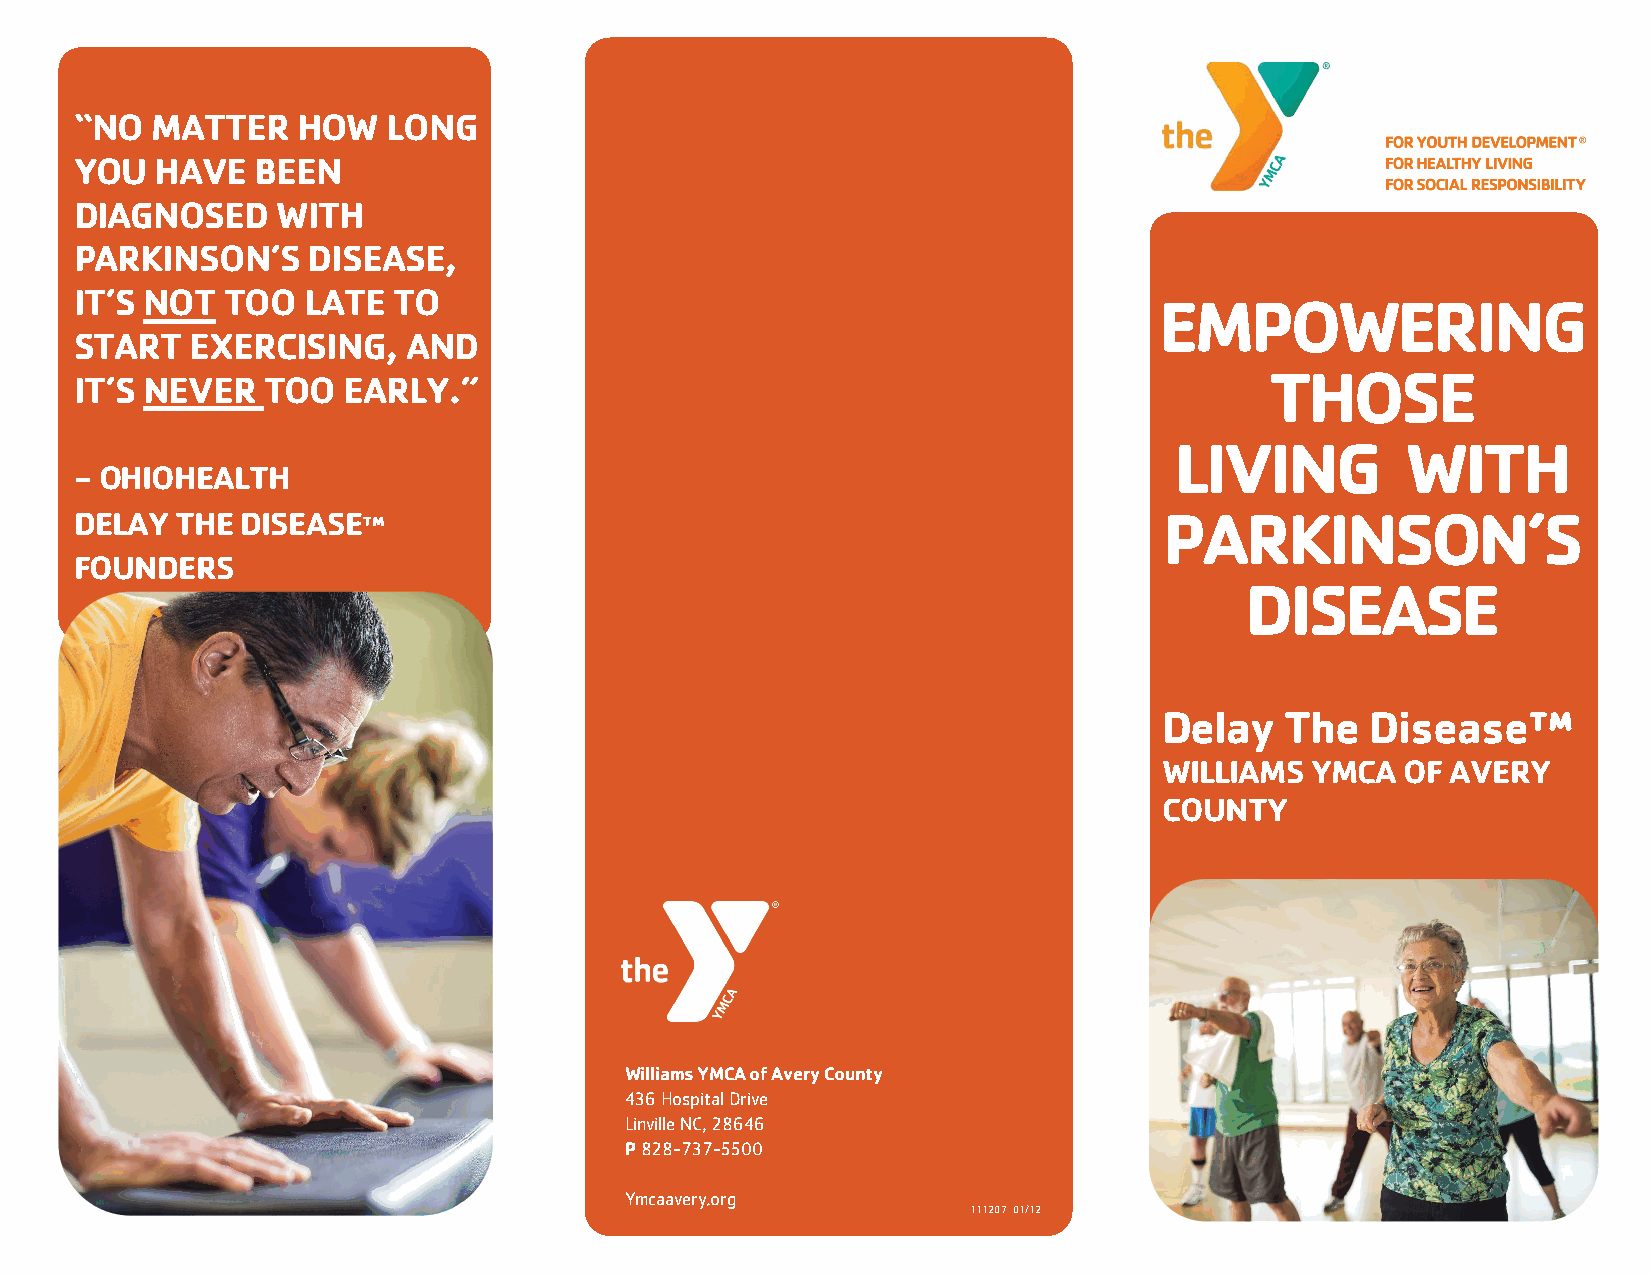
“NO  MATTER    HOW   LONG
 YOU  HAVE   BEEN
 DIAGNOSED    WITH
 PARKINSON’S    DISEASE,
 IT’S NOT  TOO  LATE  TO
 EMPOWERING
 START   EXERCISING,   AND
 THOSE
 IT’S NEVER  TOO   EARLY.”
 LIVING         WITH
 - OHIOHEALTH
 DELAY  THE DISEASE™                                                     PARKINSON’S
 FOUNDERS
 DISEASE
 Delay   The   Disease™
 WILLIAMS  YMCA  OF AVERY
 COUNTY
 Williams YMCA of Avery County
 436 Hospital Drive
 Linville NC, 28646
 P 828-737-5500
 Ymcaavery.org
 111207 01/12